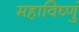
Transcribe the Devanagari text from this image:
महाविष्णुं